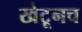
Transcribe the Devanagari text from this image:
खेटूनच